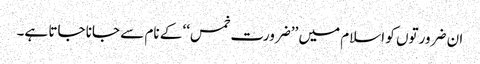
ان ضرورتوں کو اسلام میں ’’ضرورت خمس‘‘ کے نام سے جانا جاتا ہے۔